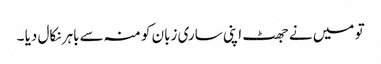
تو میں نے جھٹ اپنی ساری زبان کو منہ سے باہر نکال دیا ۔